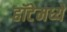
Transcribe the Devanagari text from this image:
हॉटेमध्ये